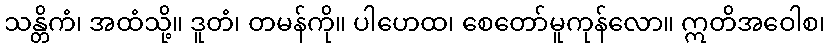
သန္တိကံ၊ အထံသို့။ ဒူတံ၊ တမန်ကို။ ပါဟေထ၊ စေတော်မူကုန်လော။ ဣတိအဝေါစ၊